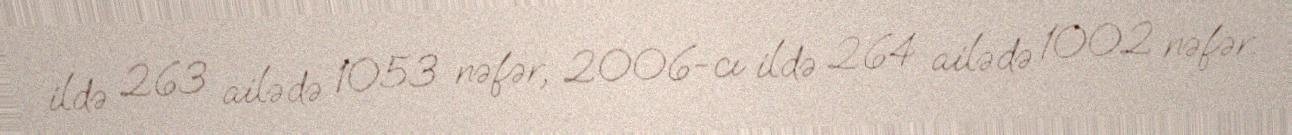
ildə 263 ailədə 1053 nəfər, 2006-cı ildə 264 ailədə 1002 nəfər.